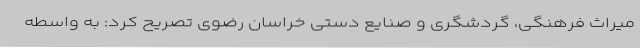
میراث فرهنگی، گردشگری و صنایع دستی خراسان رضوی تصریح کرد: به واسطه